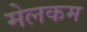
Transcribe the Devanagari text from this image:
मेलकम